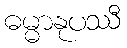
ဓမ္မာနုပဿီ